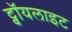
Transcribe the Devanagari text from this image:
ट्वॉयलाइट